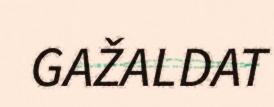
GAŽALDAT